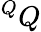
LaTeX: ^QQ